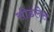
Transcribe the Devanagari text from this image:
सीडलेस